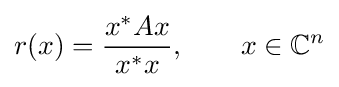
r(x)={\frac {x^{*}Ax}{x^{*}x}},\qquad x\in \mathbb {C} ^{n}